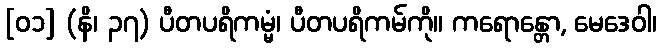
[၀၁] (နိ၊ ၃၇) ပီတပရိကမ္မံ၊ ပီတပရိကမ်ကို။ ကရောန္တော, မေဒေဝါ၊